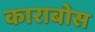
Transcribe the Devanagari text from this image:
काराबोस